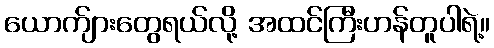
ယောက်ျားတွေရယ်လို့ အထင်ကြီးဟန်တူပါရဲ့။